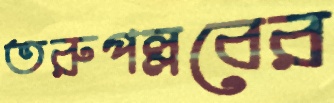
তরুপল্লবের